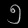
Digit: ၅